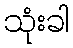
သုံးခါ